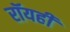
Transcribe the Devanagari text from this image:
रॉयही